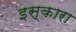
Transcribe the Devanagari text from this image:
इस्कारा